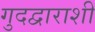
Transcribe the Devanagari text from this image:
गुदद्वाराशी